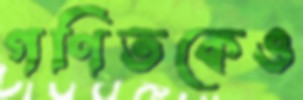
গণিতকেও